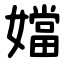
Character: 㜭